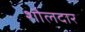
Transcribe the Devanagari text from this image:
शौलदार